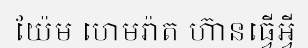
យ៉ែម ហេមរ៉ាត ហ៊ានធ្វើអ្វី